Vaccination in Burma 1900-1911 - 1900-1911
Year: 1900
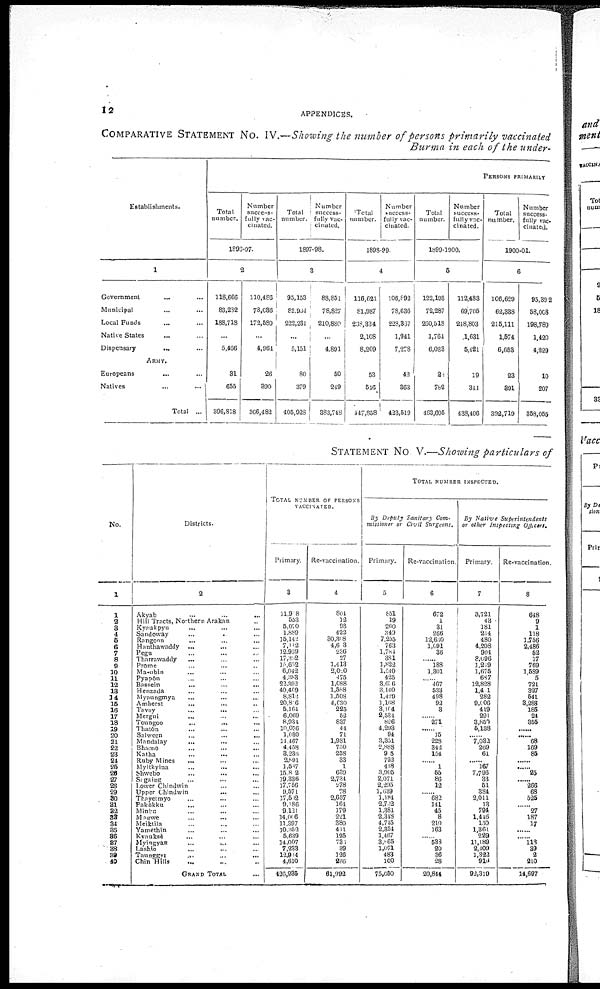
12
APPENDICES.
COMPARATIVE STATEMENT No. IV.—Showing the number of persons primarily vaccinated
Burma in each of the under-
Establishments.
1
Government ... ...
Municipal ... ...
Local Funds ... ...
Native States ... ...
Dispensary
...
...
ARMY.
Europeans ... ...
Natives ... ...
Total ...
PERSONS PRIMARILY
Total
number.
Number
success-
fully vac-
cinated.
1896-97.
2
118,666
83,282
188,718
...
5,466
31
655
396,818
110,486
78,036
172,580
...
4,964
26
890
366,482
Total
number.
Number
success-
fully vac-
cinated.
1897-98.
3
95,153
82,934
222,231
...
5,151
80
379
405,928
88,851
78,827
210,880
...
4,891
50
249
383,748
Total
number.
Number
success-
fully vac-
cinated.
1898-99.
4
116,621
81,987
238,334
2,108
8,209
53
546
447,858
106,892
78,636
228,367
1,941
7,278
42
363
423,519
Total
number.
Number
success-
fully vac-
cinated.
1899-1900.
5
122,193
72,287
260,518
1,764
6,033
28
782
463,605
112,483
69,705
248,803
1,631
5,421
19
344
438,406
Total
number.
Number
success-
fully vac-
cinated.
1900-01.
6
106,629
62,338
215,111
1,574
6,653
23
391
392,719
95,392
58,008
198,789
1,420
4,229
10
207
358,055
STATEMENT No V.—Showing particulars of
No.
1
1
2
3
4
5
6
7
8
9
10
11
12
13
14
15
16
17
18
19
20
21
22
23
24
25
26
27
28
29
30
31
32
33
34
35
36
37
38
39
40
Districts.
2
Akyab ... ... ...
Hill Tracts, Northern Arakan ...
Kysukpyu ... ... ...
Sandoway ... ... ...
Rangoon ... ... ...
Hanthawddy ... ... ...
Pegu ... ... ...
Tharrawaddy ... ... ...
Prome ... ... ...
Ma-ubin ... ... ...
Pyapôn ... ... ...
Bassein ... ... ...
Henzada ... ... ...
Myaungmya ... ... ...
Amherst ... ... ...
Tavoy ... ... ...
Mergui ... ... ...
Toungoo ... ... ...
Thatôn ... ... ...
Salween ... ... ...
Mandalay ... ... ...
Bhamo ... ... ...
Katha ... ... ...
Ruby Mines
... ... ...
Myitkyina ... ... ...
Shwebo ... ... ...
Sagaing ... ... ...
Lower Chindwin ... ...
Upper Chindwin ... ...
Thayetmyo ... ... ...
Pakokku ... ... ...
Minbu ... ... ...
Magwe
...
... ...
Meiktila ... ... ...
Yamèthin ... ... ...
Kyauksè ... ... ...
Myingyan
...
... ...
Lashio ... ... ...
Taunggyi
...
...
...
Chin Hills ... ... ...
GRAND TOTAL ...
TOTAL NUMBER OF PERSONS
VACCINATED.
Primary.
3
11,918
553
5,070
1,889
15,142
7,112
12,939
17,392
15,652
6,042
4,383
22,392
40,469
8,812
20,816
5,164
6,069
8,934
10,056
1,030
14,467
4,458
3,236
2,891
1,587
15,802
19,336
17,756
9,571
17,502
9,186
9,121
14,006
11,397
10,352
5,639
14,007
7,233
12,934
4,610
426,935
Re-vaccination.
4
804
12
93
422
30,308
1,603
236
27
1,413
2,020
475
1,088
1,588
1,608
4,030
225
52
837
11
71
1,981
750
258
33
1
639
2,734
278
78
2,657
164
179
221
380
411
195
735
39
126
266
61,992
TOTAL NUMBER INSPECTED.
By Deputy Sanitary Com-
missioner or Civil Surgeons.
Primary.
5
851
19
260
349
7,255
763
1,784
381
1,822
1,540
425
3,676
3,140
1,429
1,168
3,104
2,534
826
4,293
94
3,351
2,888
905
722
418
3,905
2,071
2,295
1,639
1,184
2,732
1,384
2,348
4,745
2,354
1,467
3,865
1,071
483
100
75,650
Re-vaccination.
6
672
1
31
266
12,630
1,091
36
...... 188
1,301
...... 467
533
498
92
3
...... 271
...
15
228
842
154
......
1
55
86
12
...... 682
141
45
8
210
163
...... 538
20
36
28
20,844
By Native
Superintendents
or other Inspecting
Officers.
Primary.
7
3,721
43
181
214
480
4,208
904
8,096
1,219
1,675
687
12,828
1,401
282
9,006
419
291
3,850
5,138
...... 7,032
269
61
...... 167
7,796
33
51
384
2,011
13
794
1,416
150
1,861
229
11,189
2,409
1,322
919
92,319
Re-vaccination.
8
648
9
1
118
1,756
2,486
52
17
769
1,589
5
721
327
541
8,288
185
24
355
...
......
68
169
85
......
...... 25
...... 266
68
525
......
27
187
17
......
...... 118
39
2
210
14,697